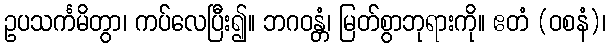
ဥပသင်္ကမိတွာ၊ ကပ်လေပြီး၍။ ဘဂဝန္တံ၊ မြတ်စွာဘုရားကို။ ဧတံ (ဝစနံ)၊